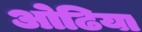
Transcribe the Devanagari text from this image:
ओढिया